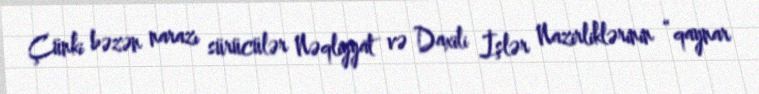
Çünki bəzən narazı sürücülər Nəqliyyat və Daxili İşlər Nazirliklərinin “qaynar